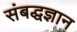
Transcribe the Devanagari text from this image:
संबद्धज्ञान